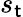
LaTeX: s_{\mathsf{t}}